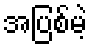
အပြစ်မဲ့